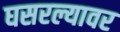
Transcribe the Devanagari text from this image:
घसरल्यावर